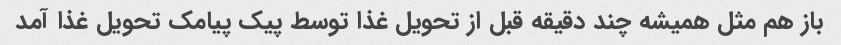
باز هم مثل همیشه چند دقیقه قبل از تحویل غذا توسط پیک پیامک تحویل غذا آمد